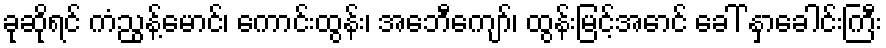
ခုဆိုရင် ကံညွန့်မောင်၊ ကောင်းထွန်း၊ အေဘီကျော်၊ ထွန်းမြင့်အောင် ခေါ် နှာခေါင်းကြီး